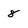
Character: 8